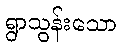
ရွာသွန်းသော